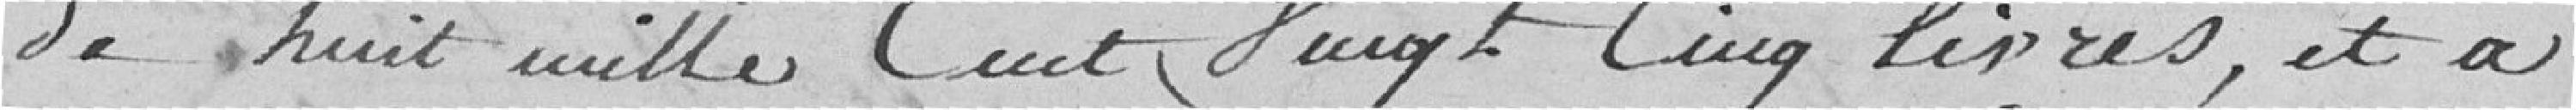
de huit mille cent vingt cinq livres et à